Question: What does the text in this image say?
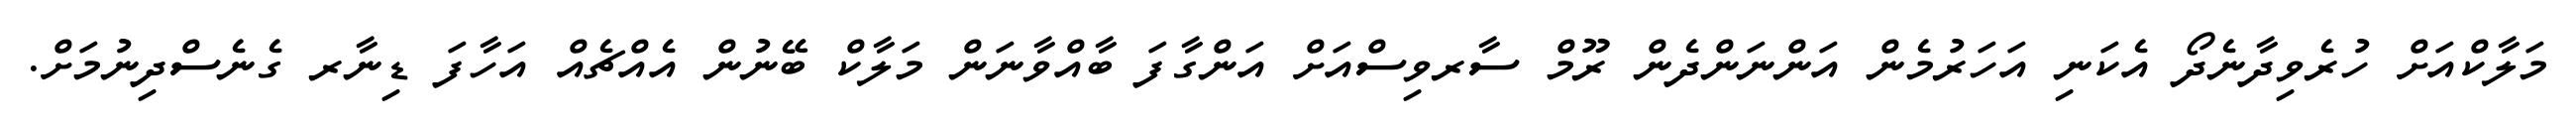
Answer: މަލާކްއަށް ހުރެވިދާނެދޯ އެކަނި އަހަރުމެން އަންނަންދެން ރޫމް ސާރވިސްއަށް އަންގާފަ ބާއްވާނަން މަލާކް ބޭނުން އެއްޗެއް އަހާފަ ޑިނާރ ގެނެސްދިނުމަށް.